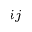
_ { i j }